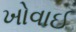
ખોવાઈ